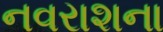
નવરાશના